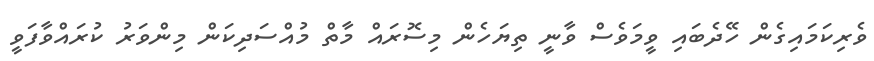
ވެރިކަމައިގެން ހޭދެބައި ވީމަވެސް ވާނީ ތިޔަހެން މިސޮރައް މާތް މުއްސަދިކަން މިންވަރު ކުރައްވާފަވީ